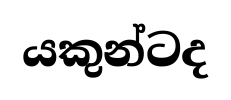
යකුන්ටද